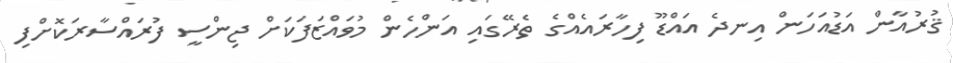
ޤުރުއާން އަޑުއަހަން އިނދެ އައްޑޫ ފިހާރައެއްގެ ތެރޭގައި އަންހެން މުވައްޒަފަކަށް ޖިންސީ ފުރައްސާރަކޮށްފި